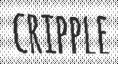
CRIPPLE